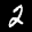
Label: 2